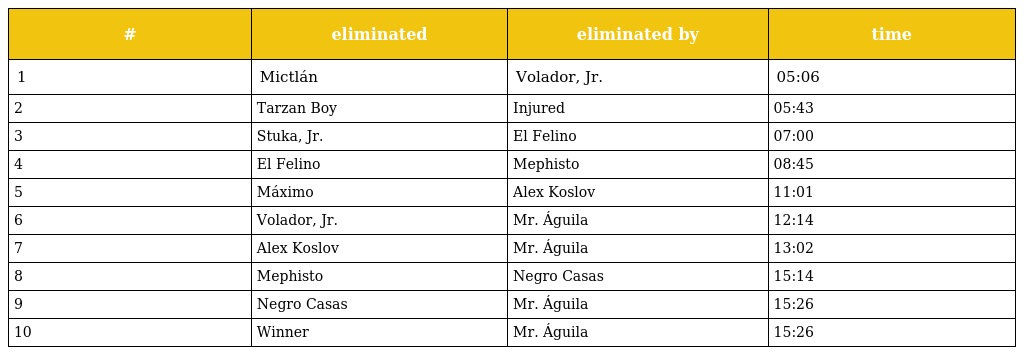
| # | eliminated | eliminated by | time |
 | --- | --- | --- | --- |
 | 1 | Mictlán | Volador, Jr. | 05:06 |
 | 2 | Tarzan Boy | Injured | 05:43 |
 | 3 | Stuka, Jr. | El Felino | 07:00 |
 | 4 | El Felino | Mephisto | 08:45 |
 | 5 | Máximo | Alex Koslov | 11:01 |
 | 6 | Volador, Jr. | Mr. Águila | 12:14 |
 | 7 | Alex Koslov | Mr. Águila | 13:02 |
 | 8 | Mephisto | Negro Casas | 15:14 |
 | 9 | Negro Casas | Mr. Águila | 15:26 |
 | 10 | Winner | Mr. Águila | 15:26 |